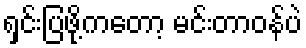
ရှင်းပြဖို့ကတော့ မင်းတာဝန်ပဲ